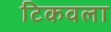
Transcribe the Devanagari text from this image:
टिकवला